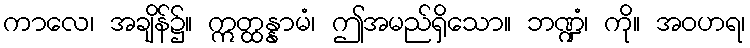
ကာလေ၊ အချိန်၌။ ဣတ္ထန္နာမံ၊ ဤအမည်ရှိသော။ ဘဏ္ဍံ၊ ကို။ အဝဟရ၊